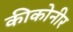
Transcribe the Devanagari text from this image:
कीकोनीर